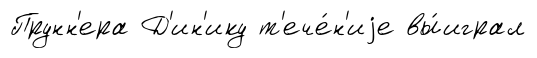
Прунн'ера Д'ин'ику т'ече́н'иjе вы́играл